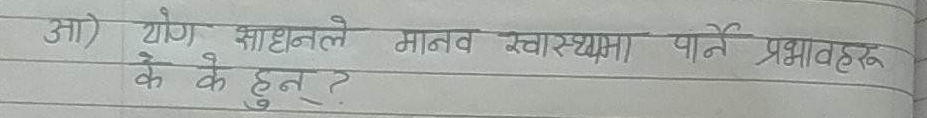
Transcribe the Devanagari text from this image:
आ) योग साधनले मानव स्वास्थ्यमा पर्ने प्रभावहरू के के हुन् ?